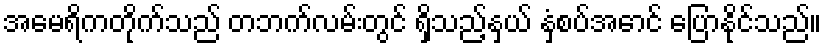
အမေရိကတိုက်သည် တဘက်လမ်းတွင် ရှိသည့်နှယ် နှံ့စပ်အောင် ပြောနိုင်သည်။